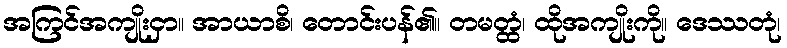
အကြင်အကျိုးငှာ။ အာယာစိ၊ တောင်းပန်၏။ တမတ္ထံ၊ ထိုအကျိုးကို။ ဒေဿတုံ၊